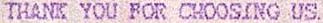
THANK YOU FOR CHOOSING US.